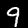
Digit: 9